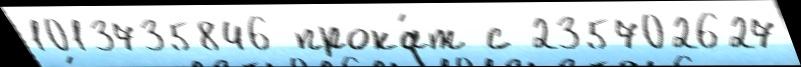
1013735846 прока́т с 235702627